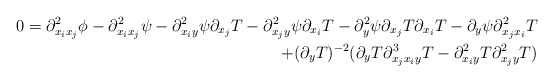
\begin{align*}0=\partial^2_{x_i x_j} \phi - \partial^2_{x_ix_j}\psi - \partial^2_{x_iy} \psi \partial_{x_j}T - \partial^2_{x_jy} \psi \partial_{x_i} T - \partial^2_y \psi \partial_{x_j}T \partial_{x_i} T - \partial_y \psi \partial^2_{x_jx_i}T \\+ {(\partial_yT)^{-2}}(\partial_y T \partial^3_{x_jx_iy}T - \partial ^2_{x_iy}T \partial^2_{x_jy}T)\end{align*}